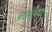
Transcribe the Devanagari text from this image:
अधरत्वक